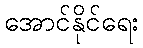
အောင်နိုင်ရေး